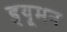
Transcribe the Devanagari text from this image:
हृयूमन